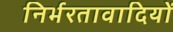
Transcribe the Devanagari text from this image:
निर्भरतावादियों